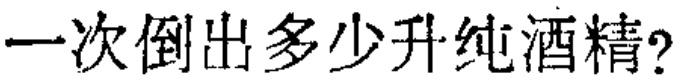
一次倒出多少升纯酒精?